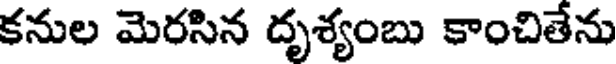
కనుల మెరసిన దృశ్యంబు కాంచితేను